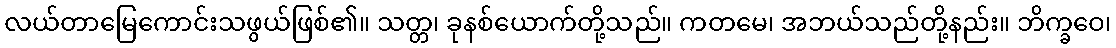
လယ်တာမြေကောင်းသဖွယ်ဖြစ်၏။ သတ္တ၊ ခုနစ်ယောက်တို့သည်။ ကတမေ၊ အဘယ်သည်တို့နည်း။ ဘိက္ခဝေ၊